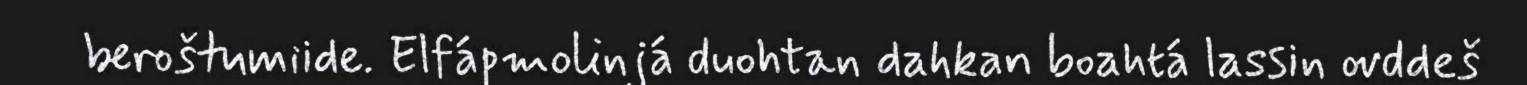
beroštumiide. Elfápmolinjá duohtan dahkan boahtá lassin ovddeš